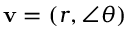
\mathbf { v } = ( r , \angle \theta )